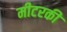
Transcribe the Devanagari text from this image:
मीटरकी